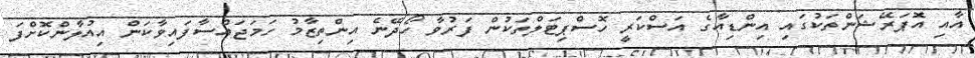
އާއި އޮޕަރޭޝަންތަކުގައި އިންޑިއާގެ އަސްކަރީ ހޮސްޕިޓަލްތަކުން ފަރުވާ ހޯދޭނެ އިންތިޒާމު ހަމަޖައްސާފައިވާކަން އިއުލާންކޮށްފަ